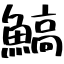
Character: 鰝